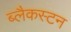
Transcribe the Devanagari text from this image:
ब्लैकस्टन